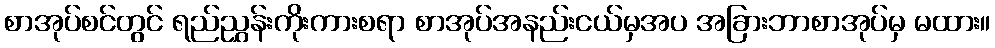
စာအုပ်စင်တွင် ရည်ညွှန်းကိုးကားစရာ စာအုပ်အနည်းငယ်မှအပ အခြားဘာစာအုပ်မှ မထား။